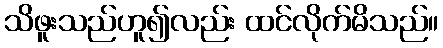
သိဖူးသည်ဟူ၍လည်း ထင်လိုက်မိသည်။